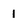
Character: 1